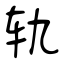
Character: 轨